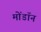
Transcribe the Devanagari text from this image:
मोंडॉन